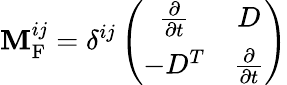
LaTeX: {\cal\mathbf{M}}_{\mathrm{{F}}}^{ij}=\delta^{ij}\left(\begin{array}{cc}{{\frac{\partial}{\partial t}}}&{{D}}\\ {{-D^{T}}}&{{\frac{\partial}{\partial t}}}\end{array}\right)